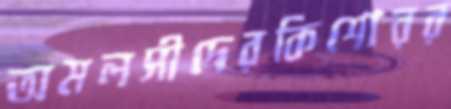
অমলসীদেরকিশোরর